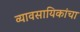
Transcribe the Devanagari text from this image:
व्यावसायिकांचा